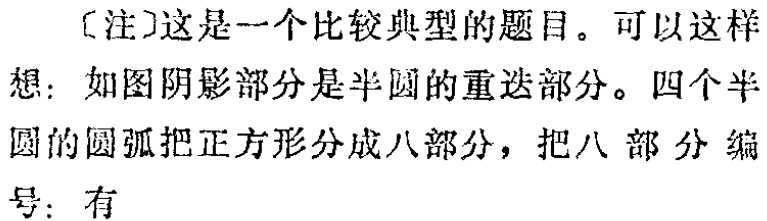
[注]这是一个比较典型的题目。可以这样想：如图阴影部分是半圆的重迭部分。四个半圆的圆弧把正方形分成八部分，把八部分编号：有